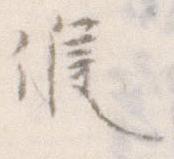
候